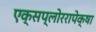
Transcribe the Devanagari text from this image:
एक्सप्लोररापेक्षा